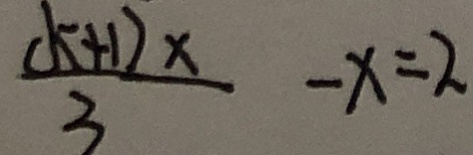
\frac { ( k + 1 ) x } { 3 } - x = 2